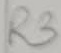
Text: R3